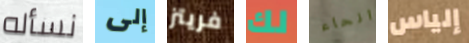
نسأله إلى فريتز لك انحاء إلياس